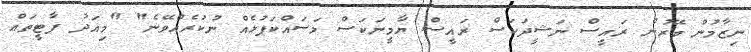
ނިޒާމުން ބޭރުން ރައީސް ނަޝީދަކަސް ރައީސް ޔާމީނަކަސް މަސައްކަޕުޅެއް ނުކުރެއްވޭނެ" "މިއަދު ޕާޓީތައް